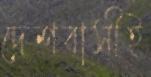
দেশবাসীই